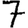
Digit: 7